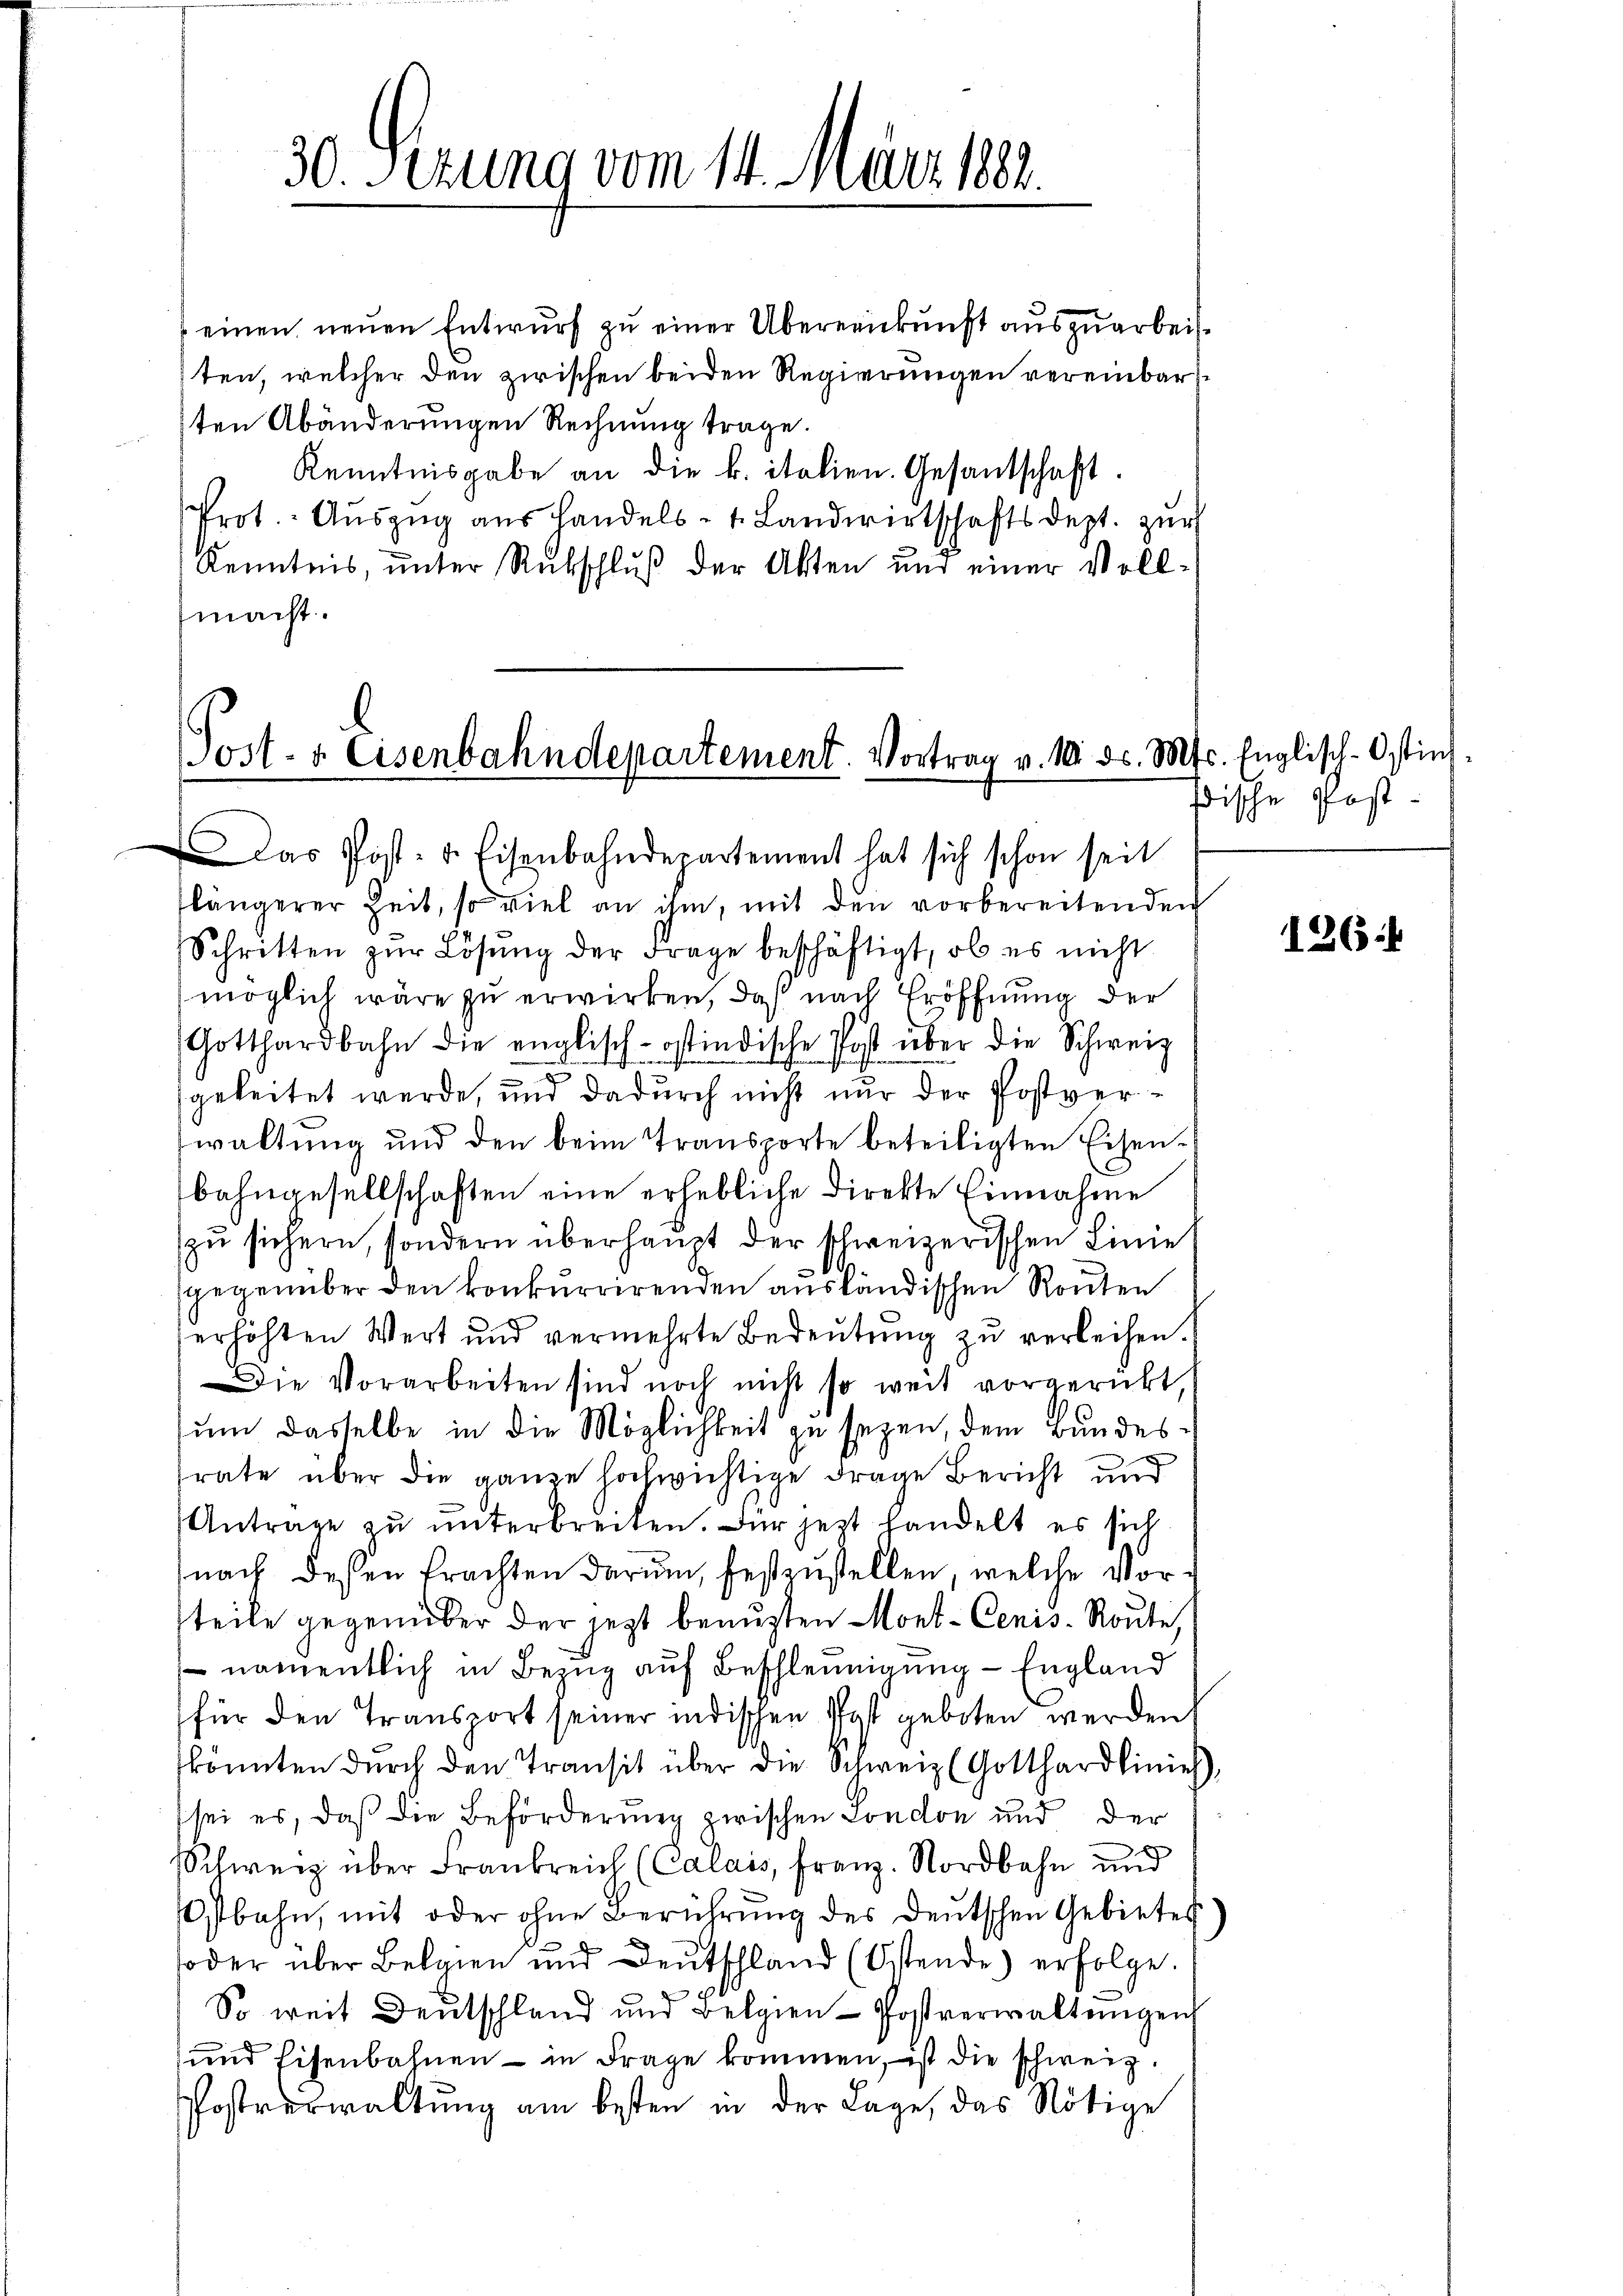
30. Sezung vom 14. März 182.

einen neŭen Entwurf zu einer Übereinkunft auszuarbeisten, welcher den zwischen beiden Regierungen vereinbar
ten Abänderungen Rechnung trage.
Kenntnisgabe an die k. italien. Gesandschaft.
Prot. Aŭszŭg aŭs Handels- 1. Landwirtschaftsdept. zur
Kenntnis, unter Rückschluß der Akten und einer Voll-
macht.

ost- & Eisenbahndepartement. Vortrag v. 10. ds. M

Das Post- u. Eisenbahndepartement hat sich schon seit
flängerer Zeit, so viel an ihm, mit den vorbereitenden
Schritten zŭr Lösung der Frage beschäftigt, ob es nicht
möglich wäre zu erwirken, daß nach Eröffnung der
Gotthardbahn die englisch-ostindische Post über die Schweiz
geleitet werde, und dadurch nicht nur der Postverwaltung und den beim Transporte beteiligten Eisen-
bahngesellschaften eine erhebliche Direkte Einnahme
zu sichern, sondern überhaupt der schweizerischen Linie
b
gegenüber den konkurrirenden ausländischen Routen
erhöhten Wert und vermehrte Bedeŭtŭng zŭ verleihen.
Die Vorarbeiten sind noch nicht so weit vorgerückt
um dasselbe in die Möglichkeit zu seyen, dem Bundesrate über die ganze hochwichtige Frage Bericht und
Antrage zu unterbreiten. Für jetzt handelt es sich
nach dessen Erachten darum, festzustellen, welche Vorsteile gegenüber der jetzt beauften Mont-Cenis- Route,
 namentlich in Bezug auf Beschleunigung - England
für den Transport seiner indischen Post geboten werden
könnten durch den Transit über die Schweiz (Gotthardlinie)
sei es, daß die Beförderung zwischen London und der
Schweiz über Frankreich (Calais, Franz. Nordbahn und
Ostbahn, mit oder ohne Berührŭng des deŭtschen Gebietes
soder über Belgien und Deutschland (Ostende erfolge.
So weit Deutschland und Belgien-Postverwaltungen
und Eisenbahnen - in Frage kommen, ist die schweiz.
Postverwaltung am besten in der Lage, das Nötige

ts. Englisch-Ostinßische Post-

126